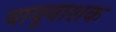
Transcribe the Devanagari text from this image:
वायूनाशक